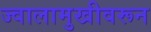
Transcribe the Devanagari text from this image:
ज्वालामुखीवरून